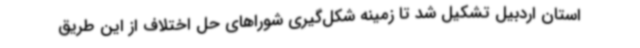
استان اردبیل تشکیل شد تا زمینه شکل‌گیری شوراهای حل اختلاف از این طریق